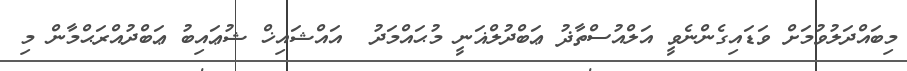
މިބައްދަލުވުމަށް ވަޑައިގެންނެވީ އަލްއުސްތާޛު ޢަބްދުލްޣަނީ މުޙައްމަދު  އައްޝައިޚް ޝުޢައިބު ޢަބްދުއްރަޙްމާން މި